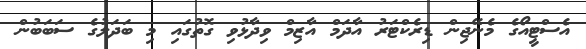
އެސްޓީއޯގެ މެނޭޖިން ޑިރެކްޓަރު އާދަމް އާޒިމް ވިދާޅުވި ގޮތުގައި މި ބަދަލުގެ ސަބަބުން